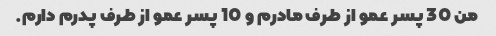
من 30 پسر عمو از طرف مادرم و 10 پسر عمو از طرف پدرم دارم.